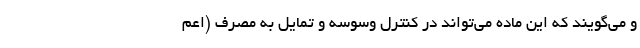
و می‌گویند که این ماده می‌تواند در کنترل وسوسه و تمایل به مصرف (اعم